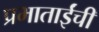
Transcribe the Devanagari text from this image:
प्रभाताईंची